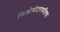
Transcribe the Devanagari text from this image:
किलोमीटरपर्यंतचा